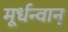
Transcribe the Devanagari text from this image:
मूर्धन्वान्